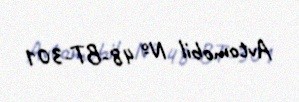
Avtomobil № 48-BT-301